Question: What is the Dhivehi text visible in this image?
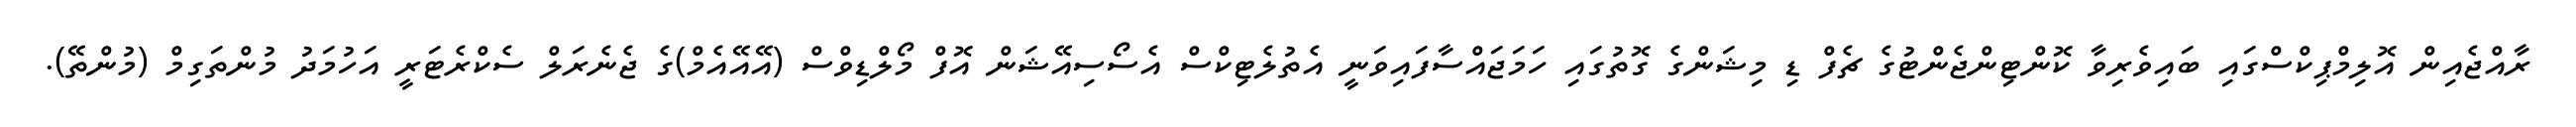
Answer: ރާއްޖެއިން އޮލިމްޕިކްސްގައި ބައިވެރިވާ ކޮންޓިންޖެންޓުގެ ޗެފް ޑި މިޝަންގެ ގޮތުގައި ހަމަޖައްސާފައިވަނީ އެތުލެޓިކްސް އެސޯސިއޭޝަން އޮފް މޯލްޑިވްސް (އޭއޭއެމް)ގެ ޖެނެރަލް ސެކްރެޓަރީ އަހުމަދު މުންތަގިމް (މުންތޭ).